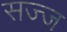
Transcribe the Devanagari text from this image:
सज्‍ज